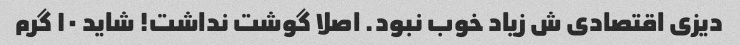
دیزی اقتصادی ش زیاد خوب نبود. اصلا گوشت نداشت! شاید ۱۰ گرم